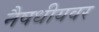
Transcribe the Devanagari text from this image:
नैषधीयवर